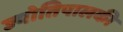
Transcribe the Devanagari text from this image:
ज्योतिपालकी